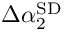
\Delta \alpha _ { 2 } ^ { \mathrm { S D } }